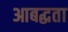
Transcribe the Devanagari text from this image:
आबद्धता